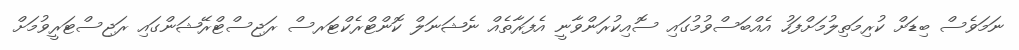
ނަމަވެސް ބިޑަށް ކުރިމަތިލުމަށްފަހު އެއްބަސްވުމުގައި ސޮއިކުރަންވާނީ އެފަރާތެއް ނެޝަނަލް ކޮންޓްރެކްޓަރސް ރަޖިސްޓްރޭޝަންގައި ރަޖިސްޓަރީވުމަށް